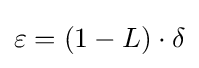
\varepsilon =(1-L)\cdot \delta